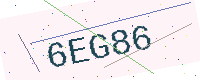
Text: 6EG86